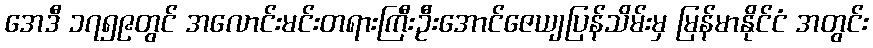
အေဒီ ၁၇၅၉တွင် အလောင်းမင်းတရားကြီးဦးအောင်ဇေယျပြန်သိမ်းမှ မြန်မာနိုင်ငံ အတွင်း